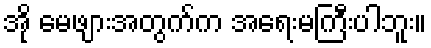
အို မေဖျားအတွက်က အရေးမကြီးပါဘူး။